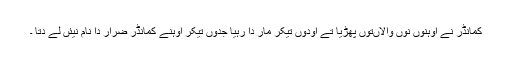
کمانڈر نے اوہنوں نوں والاںتوں پھڑیا تے اودوں تیکر مار دا رہیا جدوں تیکر اوہنے کمانڈر ضرار دا نام نیئں لے دتا ۔